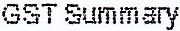
GST SUMMARY